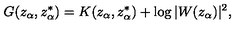
G ( z _ { \alpha } , z _ { \alpha } ^ { * } ) = K ( z _ { \alpha } , z _ { \alpha } ^ { * } ) + \log | W ( z _ { \alpha } ) | ^ { 2 } ,